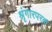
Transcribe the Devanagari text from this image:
श्रृंगारपरक